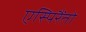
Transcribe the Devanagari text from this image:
एस्पिरैंतो